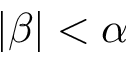
| \beta | < \alpha